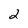
Character: 2